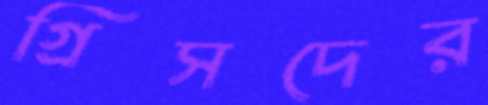
গ্রিসদের